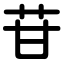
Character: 苷